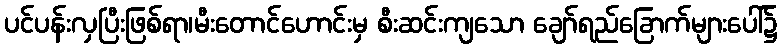
ပင်ပန်းလှပြီးဖြစ်ရာ၊မီးတောင်ဟောင်းမှ စီးဆင်းကျသော ချော်ရည်ခြောက်များပေါ်၌